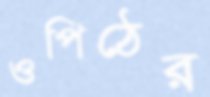
ওপিঠের